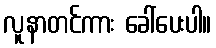
လူနာတင်ကား ခေါ်ပေးပါ။